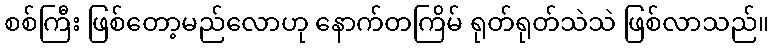
စစ်ကြီး ဖြစ်တော့မည်လောဟု နောက်တကြိမ် ရုတ်ရုတ်သဲသဲ ဖြစ်လာသည်။